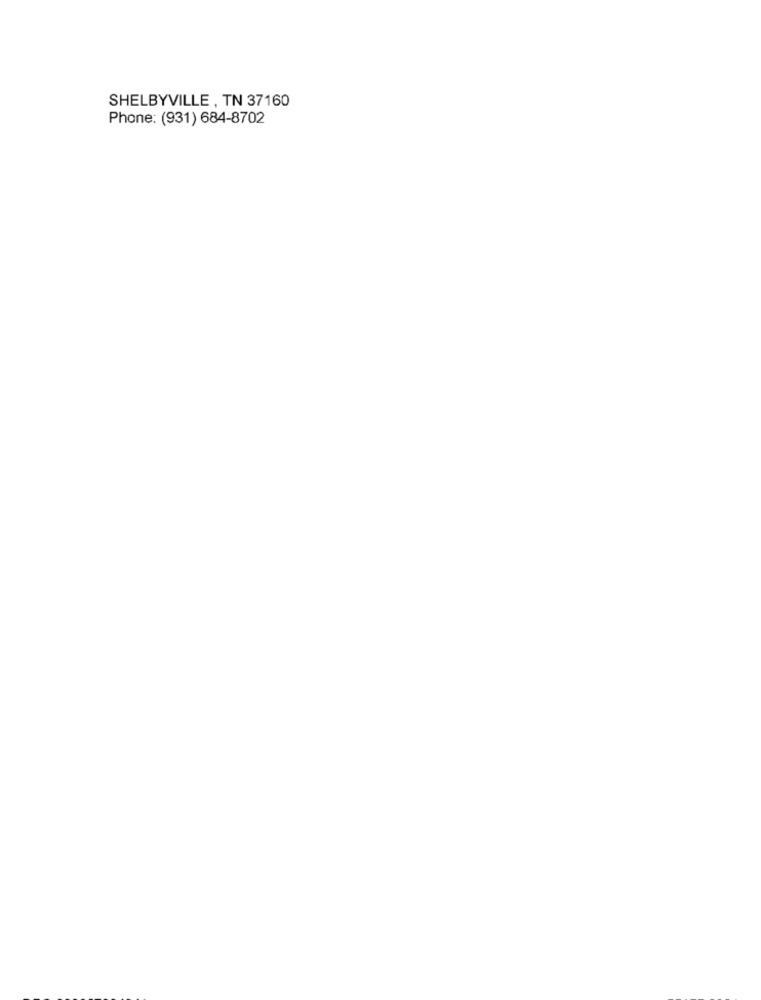
SHELBYVILLE , TN 37160
Phone: (931) 684-8702